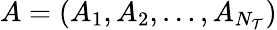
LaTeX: A=(A_{1},A_{2},\ldots,A_{N_{\mathcal{T}}})